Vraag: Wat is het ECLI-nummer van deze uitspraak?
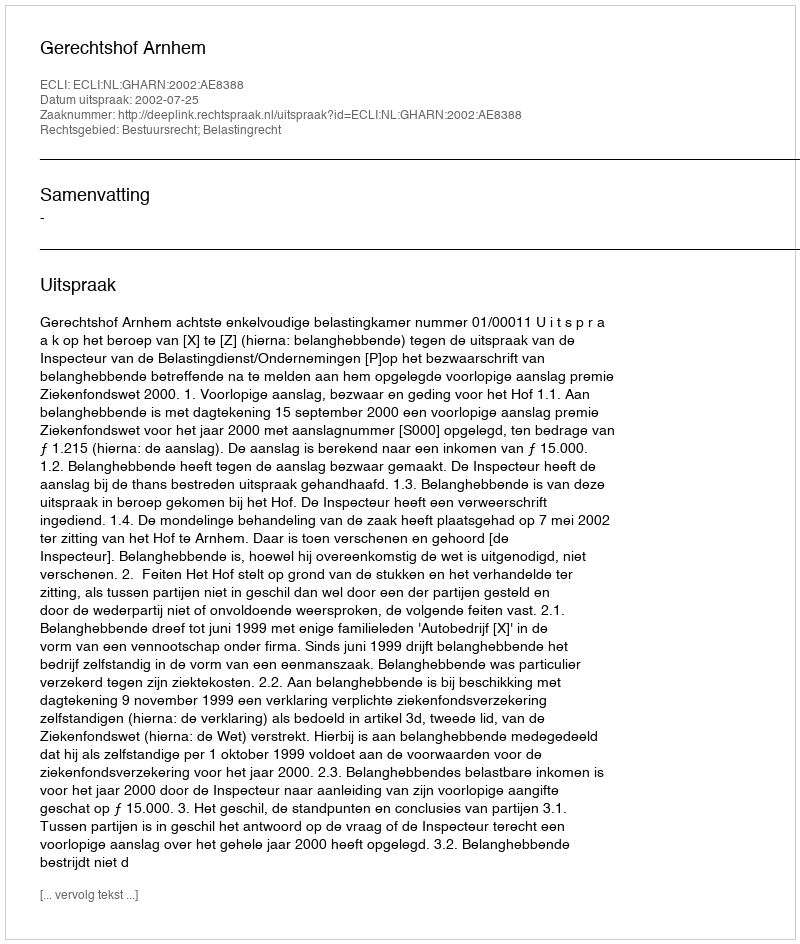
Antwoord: ECLI:NL:GHARN:2002:AE8388